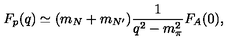
F _ { p } ( q ) \simeq ( m _ { N } + m _ { N ^ { \prime } } ) \frac { 1 } { q ^ { 2 } - m _ { \pi } ^ { 2 } } F _ { A } ( 0 ) ,